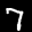
Label: 7